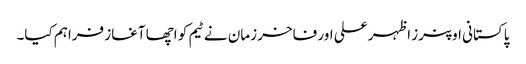
پاکستانی اوپنرز اظہر علی اور فاخر زمان نے ٹیم کو اچھا آغاز فراہم کیا۔